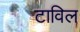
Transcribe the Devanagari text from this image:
टाविल